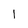
Character: 1